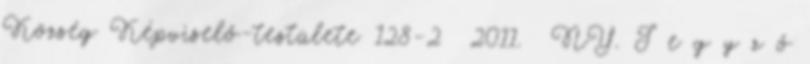
Község Képviselő-testülete 128-2 2011. NY. J e g y z ő